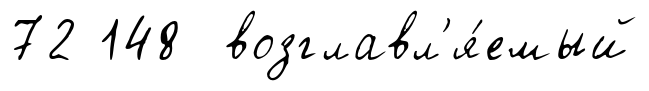
72 148 возглавл'я́емый